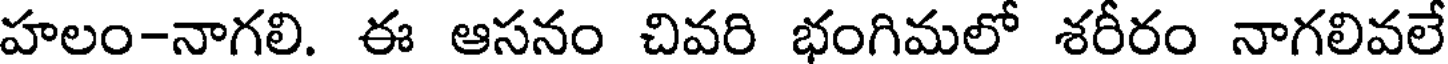
హలం-నాగలి. ఈ ఆసనం చివరి భంగిమలో శరీరం నాగలివలే